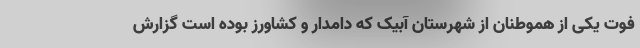
فوت یکی از هموطنان از شهرستان آبیک که دامدار و کشاورز بوده است گزارش